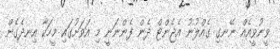
ވީނުވީއެއް ނޭނގި ގެއްލުނު އެޖެންޓް ދެން ފެންނަނީ މި އަވަށުގައި މީހަކާ އިނދެގެން